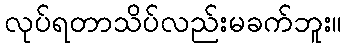
လုပ်ရတာသိပ်လည်းမခက်ဘူး။